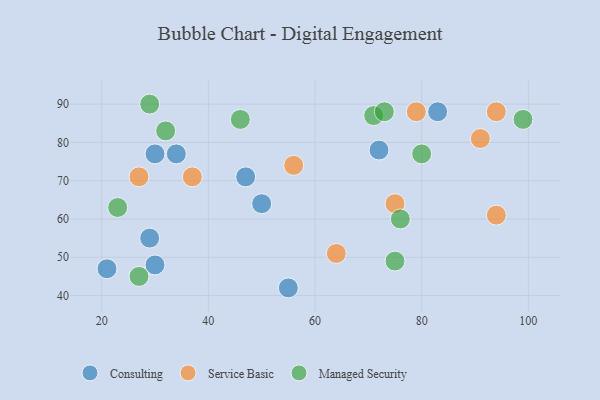
{"axis": {"x": "GDP", "y": "Life Expectancy"}, "legend": ["Consulting", "Managed Security", "Service Basic"], "data": [{"x": "30", "y": 48, "type": "Consulting"}, {"x": "83", "y": 88, "type": "Consulting"}, {"x": "72", "y": 78, "type": "Consulting"}, {"x": "47", "y": 71, "type": "Consulting"}, {"x": "55", "y": 42, "type": "Consulting"}, {"x": "50", "y": 64, "type": "Consulting"}, {"x": "34", "y": 77, "type": "Consulting"}, {"x": "29", "y": 55, "type": "Consulting"}, {"x": "21", "y": 47, "type": "Consulting"}, {"x": "30", "y": 77, "type": "Consulting"}, {"x": "64", "y": 51, "type": "Service Basic"}, {"x": "94", "y": 88, "type": "Service Basic"}, {"x": "94", "y": 61, "type": "Service Basic"}, {"x": "56", "y": 74, "type": "Service Basic"}, {"x": "79", "y": 88, "type": "Service Basic"}, {"x": "75", "y": 64, "type": "Service Basic"}, {"x": "27", "y": 71, "type": "Service Basic"}, {"x": "37", "y": 71, "type": "Service Basic"}, {"x": "91", "y": 81, "type": "Service Basic"}, {"x": "71", "y": 87, "type": "Managed Security"}, {"x": "80", "y": 77, "type": "Managed Security"}, {"x": "32", "y": 83, "type": "Managed Security"}, {"x": "29", "y": 90, "type": "Managed Security"}, {"x": "27", "y": 45, "type": "Managed Security"}, {"x": "73", "y": 88, "type": "Managed Security"}, {"x": "46", "y": 86, "type": "Managed Security"}, {"x": "23", "y": 63, "type": "Managed Security"}, {"x": "75", "y": 49, "type": "Managed Security"}, {"x": "76", "y": 60, "type": "Managed Security"}, {"x": "99", "y": 86, "type": "Managed Security"}]}